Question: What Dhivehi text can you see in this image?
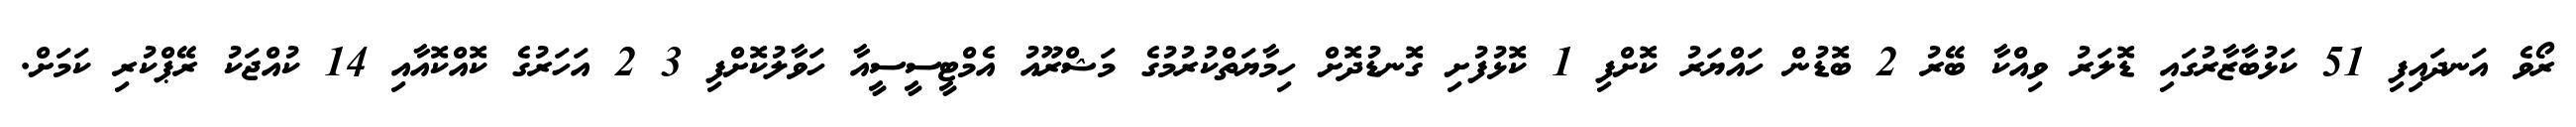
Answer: ރޯވެ އަނދައިފި 51 ކަޅުބާޒާރުގައި ޑޮލަރު ވިއްކާ ބޭރު 2 ބޮޑުން ހައްޔަރު ކޮށްފި 1 ކޮޅުފުށި ގޮނޑުދޮށް ހިމާޔަތްކުރުމުގެ މަޝްރޫއު އެމްޓީސީސީއާ ހަވާލުކޮށްފި 3 2 އަހަރުގެ ކޮއްކޮއާއި 14 ކުއްޖަކު ރޭޕްކުރި ކަމަށް.